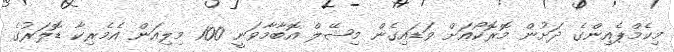
މިކެމްޕެއިންގެ ދަށުން މޮރޮކޯއަށް ވަޑައިގެން މިޝޭލް އޮބާމާވަނީ 100 މިލިއަން އެމެރިކާ ޑޮލަރުގެ